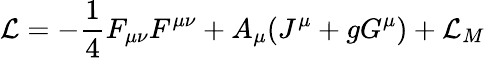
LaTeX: {\cal L}=-\frac{1}{4}F_{\mu\nu}F^{\mu\nu}+A_{\mu}(J^{\mu}+gG^{\mu})+{\cal L}_{M}